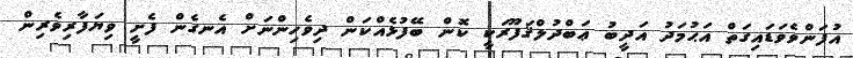
އުފަންވެވަޑައިގަތް އަޙުމަދު އަދީބު ޢަބްދުލްޤަފޫރަކީ ކޮން ބޭފުޅެއްކަން ދިވެހިންނަށް އެނގެން ފެށީ ވިޔަފާރިވެރިން